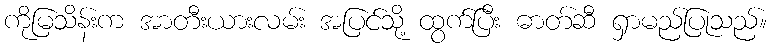
ကိုမြသိန်းက အာတီးယားလမ်း အပြင်သို့ ထွက်ပြီး ဓာတ်ဆီ ရှာမည်ပြုသည်။